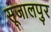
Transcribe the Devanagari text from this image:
सूजालपुर